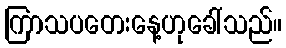
ကြာသပတေးနေ့ဟုခေါ်သည်။